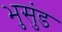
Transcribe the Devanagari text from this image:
भुसुंड